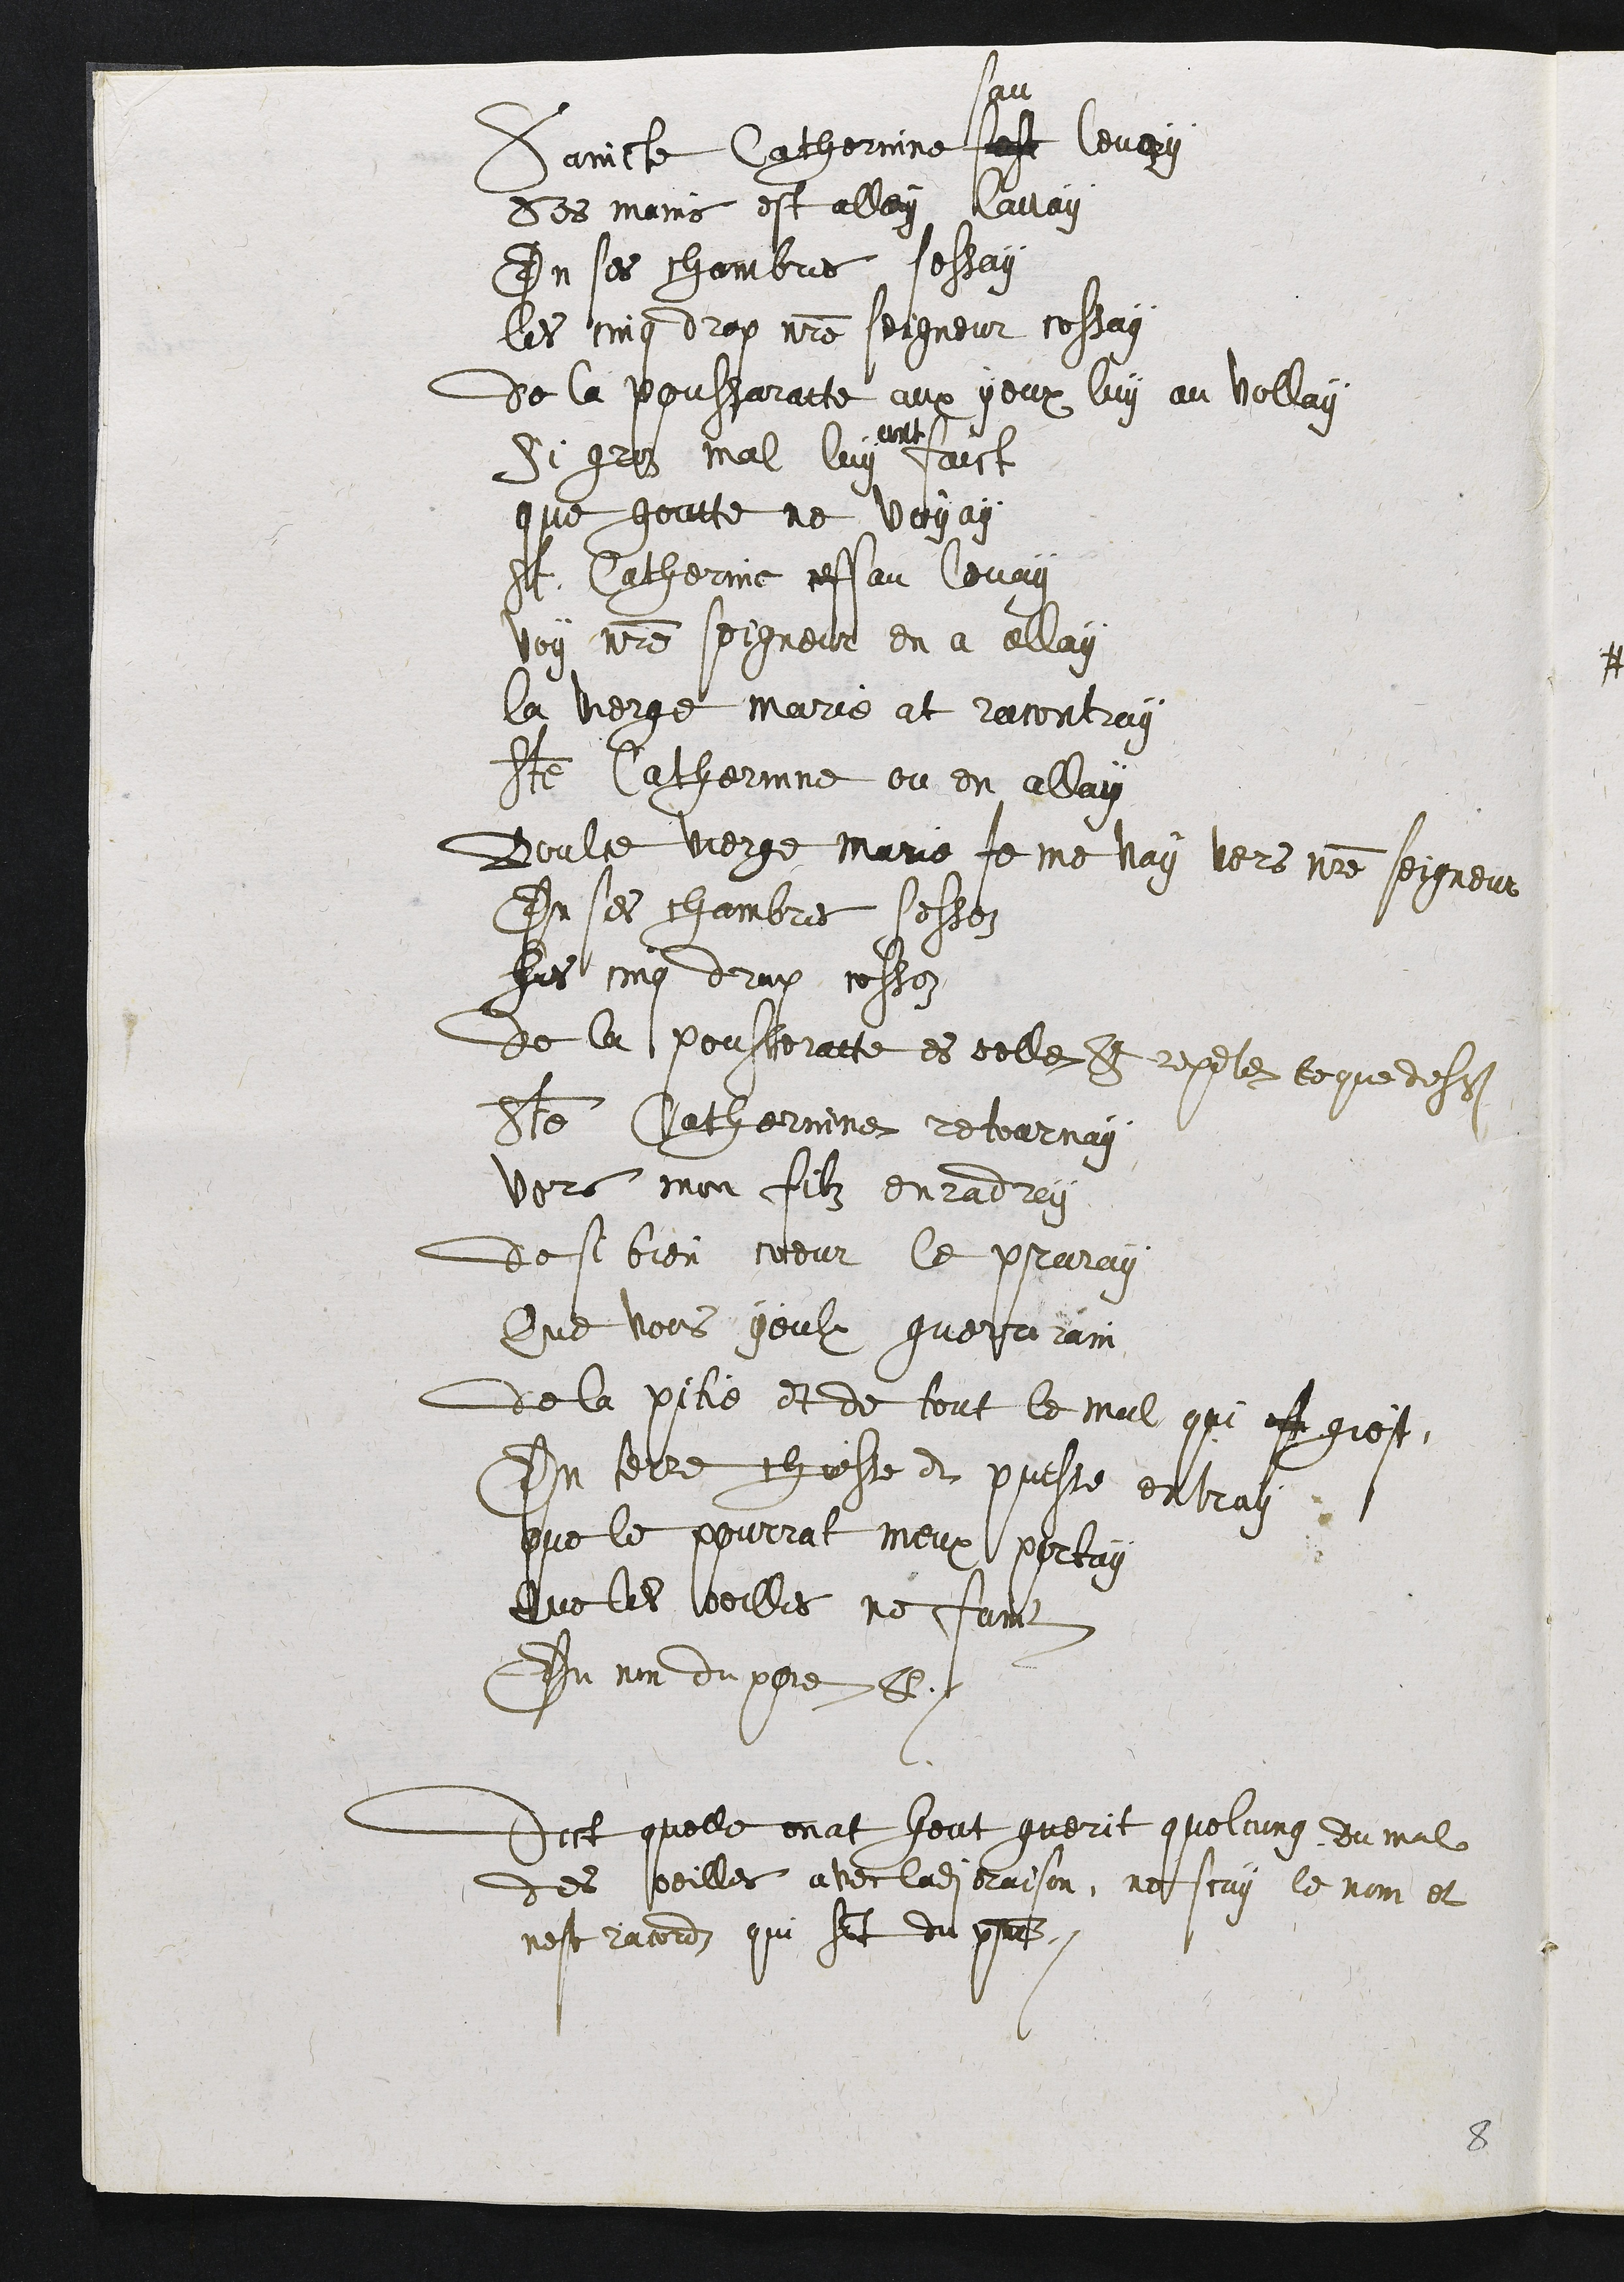
Saincte Catherinne est
sau
levay
Ses mains est alley avay
En ses chambres sessay
les cinq drop notre seigneur cossay
de la poussaratte aux yeux luy au vollay
Si groz mal luy
ant
vaict
que goutte ne voyay
St. Catherine ceffau levag
voy notre seigneur en a ellay
la vierge marie at racontray
sote Catherinne ou en allay
Boulce vierge marie Je me vay vers notre seigneur
En ses chambres sessez
Jus cing deux, rossez
de la pousseratte es celle et repeté ce que desdits
Ditre Catherinne retournay
vers mon filz enradray
de si bien coeur le praray
Que vous geulx guerrirain
de la pitie et de tout le mal qui eft giest
Dn terre chielte et presse entray
que le pourrat meux pertay
que tes beilles ne famt
Du non du pore8
Dict quelle enat heut guerit quelcung du mal
des peilles avec ladite raison, ne scay le nom et
nest racord qui sat du presnt